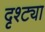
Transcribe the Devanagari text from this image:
दृश्ट्या